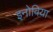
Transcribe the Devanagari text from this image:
इनोविया